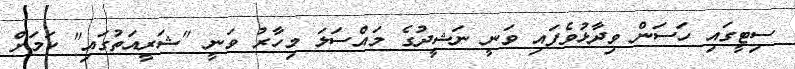
ސިޓީގައި ހަސަން ވިދާޅުވެފައި ވަނީ ނަޝީދުގެ މައްސަލަ މިހާރު ވަނީ "ޝަރީއަތުގައި" ކަމަށް